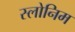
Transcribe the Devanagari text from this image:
स्लोनिम